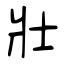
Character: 壯